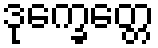
ဒုက္ခေတ္တေ